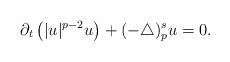
LaTeX: \begin{align*}\partial_t\left(|u|^{p-2}u\right)+(-\triangle)_p^s u=0.\end{align*}